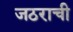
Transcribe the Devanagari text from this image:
जठराची